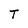
Character: T